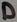
Text: D